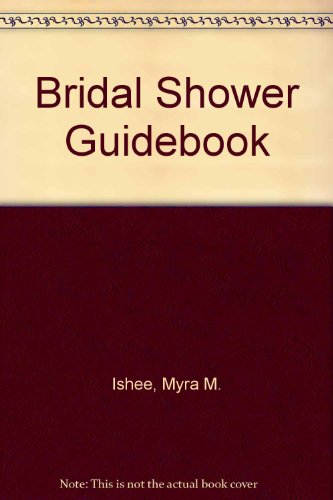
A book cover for Bridal Shower Guidebook; Myra M. Ishee; Crafts, Hobbies & Home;